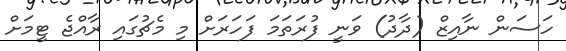
ހަސަން ނާއިޒް (ދާދު) ވަނީ ފުރަތަމަ ފަހަރަށް މި މެޗުގައި ރާއްޖެ ޓީމަށް